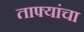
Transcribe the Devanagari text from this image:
ताफ्यांचा